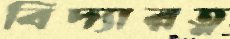
বিদ্যারত্ন